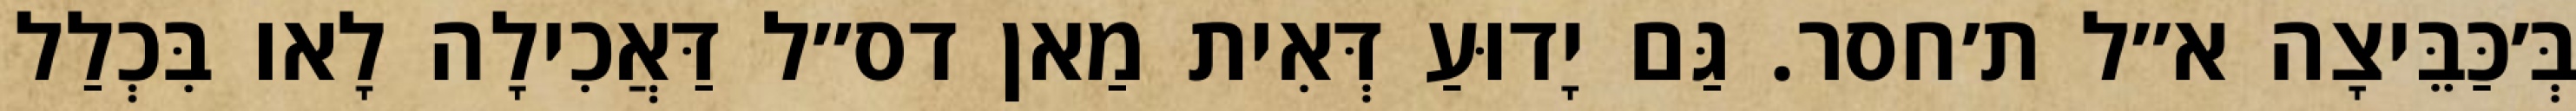
בְּ׳כַּבֵּיצָה א״ל ת׳חסר. גַּם יָדוּעַ דְּאִית מַאן דס״ל דַּאֲכִילָה לָאו בִּכְלַל